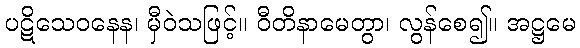
ပဋိသေဝနေန၊ မှီဝဲသဖြင့်။ ဝီတိနာမေတွာ၊ လွန်စေ၍။ အဋ္ဌမေ